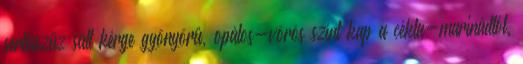
sertésszűz sült kérge gyönyörű, opálos-vörös színt kap a cékla-marinádtól.